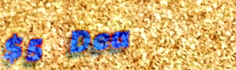
$5 Deal